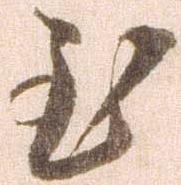
至